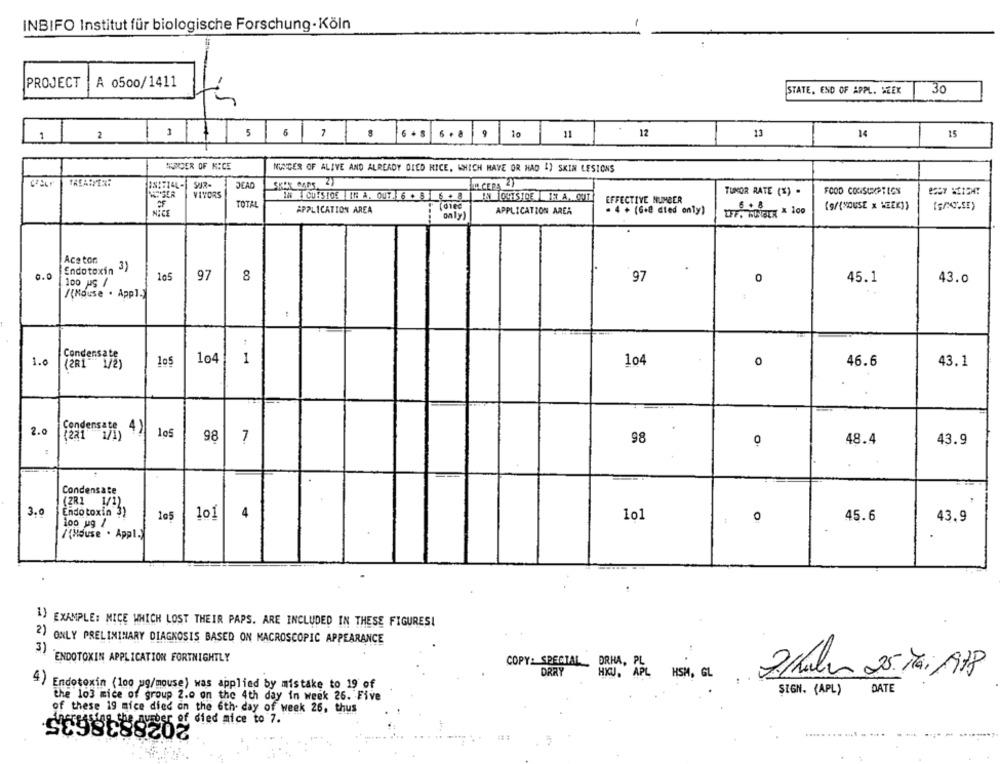
INBIFO Institut für biologische Forschung- Köln
PROJECT
A 0500/1411
STATE. END OF APPL. WEEK |30
th
1
2
3
8
6 + 8
6 . 8
10
11
12
11
14
15
1 5 6 7
HUNDER OF MICE
NUNDER OF ALIVE AND ALREADY OLED HICE, WHICH HAVE OR HAD 4) SKIN LESIONS
TREAIMER:
DEAD
L.CEPA 2T
WIGER
TUMOR RATE (%) .
FOOD CONSCRIPTION
VIVORS
IN CUYSIOS IN A. OUT. 6 . 8 6 + 8
OUTSIDE E A. OUT
EFFECTIVE NUMBER
TOTAL
6 + 8
(9/{"DUSE x WEEK))
NICE
APPLICATION AREA
only)
APPLICATION AREA
. 4 + (Gil died only)
EFF. RUIGER & 100
Aceton
3)
0.0
Endotoxin
105
97
100 US /
8
97
0
45.1
43.0
/(Mouse . Appl.)
Condensate
104
1
1.0
(2R1 1/2)
104
0
46.6
43.1
2.0
Condensate 4 )|
105
(281 1/1)
98
7
98
0
48.4
43.9
Condensate
(ZR1 1/1)
3.0
Endo toxin 3)
105
101
4
101
0
45.6
43.9
100 ug /
/{House . Appl.
1) EXAMPLE: MICE WHICH LOST THEIR PAPS. ARE INCLUDED IN THESE FIGURESI
2) ONLY PRELIMINARY DIAGNOSIS BASED ON MACROSCOPIC APPEARANCE
3)
ENDOTOXIN APPLICATION FORTNIGHTLY
COPY: SPECIAL ORHA . P
DRRY
HKU . APL HSM , GL
21habras 25 Mai/1978
Endotoxin (100 ug/mouse) was applied by mistake to 19 of
SIGN. (APL) DATE
the lo3 mice of group 2.0 on the 4th day in week 26. Five
of these 19 mice died on the 6th day of week 26, thus
PR38635
202883
bar of died mice to 7.